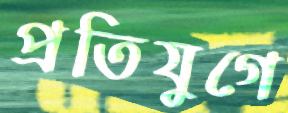
প্রতিযুগে